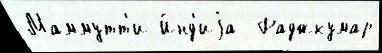
Маммутт'и И́нд'иjа  Раджкумар